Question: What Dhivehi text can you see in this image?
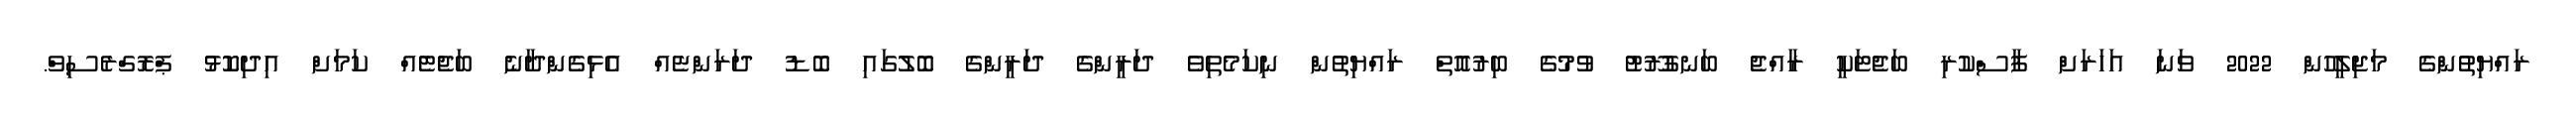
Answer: ރައްޔިތުންގެ މަޖިލީހުން 2022 ވަނަ އަހަރަށް ފާސްކުރި ބަޖެޓަކީ ރާއްޖެ ބަނގުރޫޓު ވުމުގެ ބިރުއޮތް ރައްޔިތުން ނިކަމެތިވެ ދަރީންގެ ދަރީންގެ ބޮލުގައި ބޮޑު ދަރަންޏެއް އެޅިގެންދާނެ ބަޖެޓެއް ކަމަށް އިދިކޮޅު ޕްރޮގްރެސިވް.